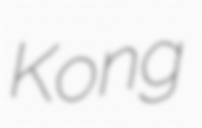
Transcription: Kong